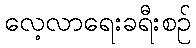
လေ့လာရေးခရီးစဉ်